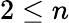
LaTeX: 2\leq n